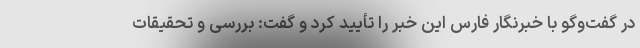
در گفت‌وگو با خبرنگار فارس این خبر را تأیید کرد و گفت: بررسی و تحقیقات